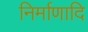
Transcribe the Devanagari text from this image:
निर्माणादि